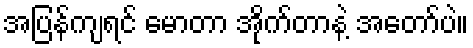
အပြန်ကျရင် မောတာ အိုက်တာနဲ့ အတော်ပဲ။